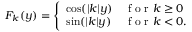
F _ { k } ( y ) = \left\{ \begin{array} { l l } { \cos ( | k | y ) } & { \mathrm { ~ f ~ o ~ r ~ } k \ge 0 } \\ { \sin ( | k | y ) } & { \mathrm { ~ f ~ o ~ r ~ } k < 0 . } \end{array} \right.